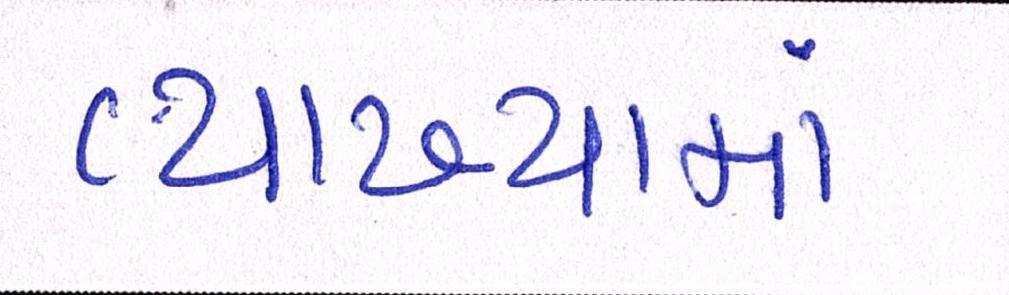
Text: વ્યાખ્યામાં